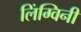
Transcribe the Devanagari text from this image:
लिंग्विनी